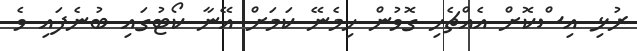
ރުޅި އިސްކޮށް އެއްޗެހި ގޮވުން ހިމެނޭ ކަމަށް އޭނާ ކޯޓުގައި ބުނެފައި ވެ